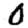
Digit: 0